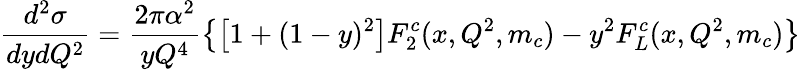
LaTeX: \frac{d^{2}\sigma}{dydQ^{2}}=\frac{2\pi\alpha^{2}}{yQ^{4}}\left\{ \left[1+(1-y)^{2}\right]F_{2}^{c}(x,Q^{2},m_{c})-y^{2}F_{L}^{c}(x,Q^{2},m_{c})\right\}